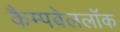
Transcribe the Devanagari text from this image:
कैम्पबेललॉक